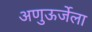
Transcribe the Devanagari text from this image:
अणुऊर्जेला